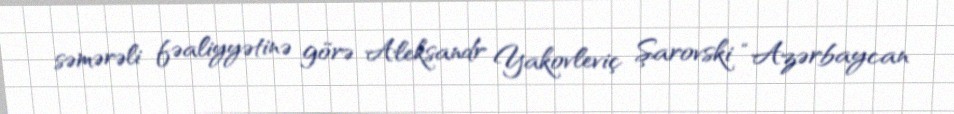
səmərəli fəaliyyətinə görə Aleksandr Yakovleviç Şarovski “Azərbaycan